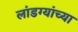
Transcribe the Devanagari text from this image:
लांडग्यांच्या